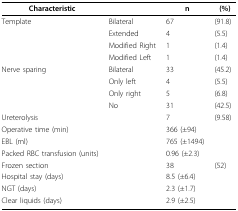
<table><thead><tr><td><b>Characteristic</b></td><td></td><td><b>n</b></td><td><b>(%)</b></td></tr></thead><tbody><tr><td>Template</td><td>Bilateral</td><td>67</td><td>(91.8)</td></tr><tr><td></td><td>Extended</td><td>4</td><td>(5.5)</td></tr><tr><td></td><td>Modified Right</td><td>1</td><td>(1.4)</td></tr><tr><td></td><td>Modified Left</td><td>1</td><td>(1.4)</td></tr><tr><td>Nerve sparing</td><td>Bilateral</td><td>33</td><td>(45.2)</td></tr><tr><td></td><td>Only left</td><td>4</td><td>(5.5)</td></tr><tr><td></td><td>Only right</td><td>5</td><td>(6.8)</td></tr><tr><td></td><td>No</td><td>31</td><td>(42.5)</td></tr><tr><td>Ureterolysis</td><td></td><td>7</td><td>(9.58)</td></tr><tr><td>Operative time (min)</td><td></td><td>366 (±94)</td><td></td></tr><tr><td>EBL (ml)</td><td></td><td>765 (±1494)</td><td></td></tr><tr><td>Packed RBC transfusion (units)</td><td></td><td>0.96 (±2.3)</td><td></td></tr><tr><td>Frozen section</td><td></td><td>38</td><td>(52)</td></tr><tr><td>Hospital stay (days)</td><td></td><td>8.5 (±6.4)</td><td></td></tr><tr><td>NGT (days)</td><td></td><td>2.3 (±1.7)</td><td></td></tr><tr><td>Clear liquids (days)</td><td></td><td>2.9 (±2.5)</td><td></td></tr></tbody></table>